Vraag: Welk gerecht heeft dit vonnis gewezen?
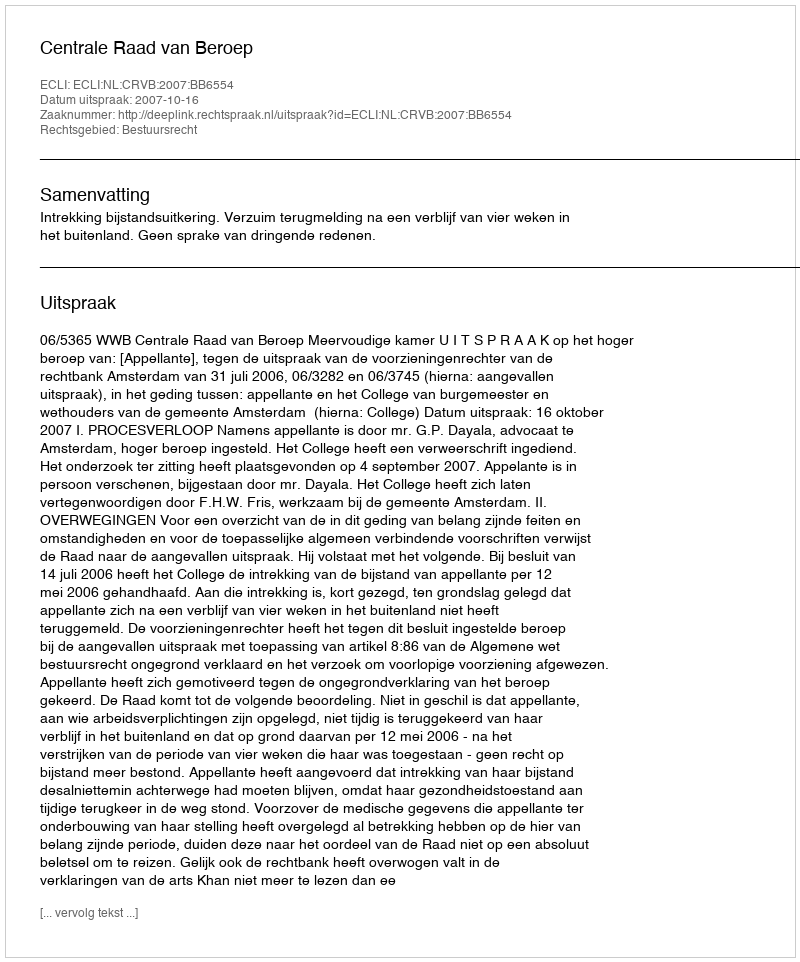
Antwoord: Centrale Raad van Beroep